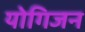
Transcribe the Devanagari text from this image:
योगिजन